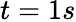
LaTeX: t=1s